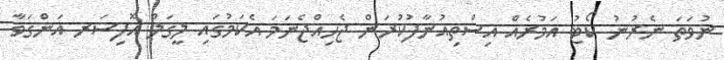
ނުވަތަ ނެރުނު ކޯޓު އަމުރެއް އިސްތިއުނާފުކުރަން ޖެހިއްޖެނަމަ އެކަމުގައި ލީގަލް އޮފިސަރ އަންގަވާ